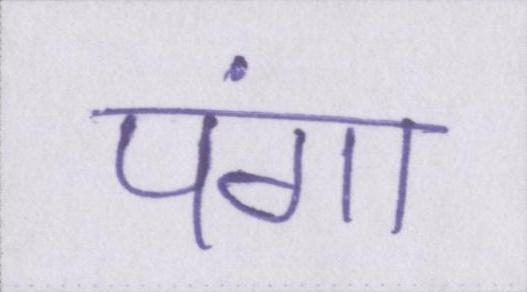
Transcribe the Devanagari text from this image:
पंगा